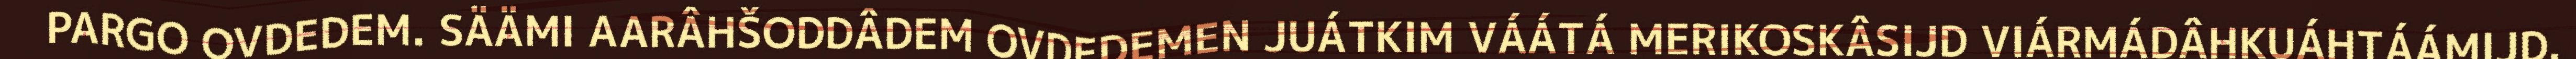
PARGO OVDEDEM. SÄÄMI AARÂHŠODDÂDEM OVDEDEMEN JUÁTKIM VÁÁTÁ MERIKOSKÂSIJD VIÁRMÁDÂHKUÁHTÁÁMIJD.